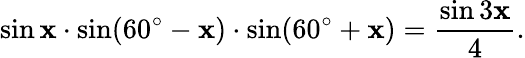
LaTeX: \sin\mathbf{x}\cdot\sin(60^{\circ}-\mathbf{x})\cdot\sin(60^{\circ}+\mathbf{x})={\frac{{\sin3\mathbf{x}}}{{4}}}.